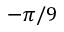
- \pi / 9